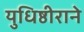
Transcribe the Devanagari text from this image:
युधिष्ठीराने